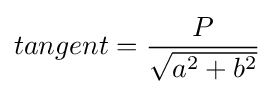
tangent={\frac {P}{\sqrt {a^{2}+b^{2}}}}